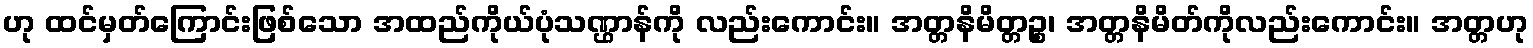
ဟု ထင်မှတ်ကြောင်းဖြစ်သော အထည်ကိုယ်ပုံသဏ္ဌာန်ကို လည်းကောင်း။ အတ္တနိမိတ္တဉ္စ၊ အတ္တနိမိတ်ကိုလည်းကောင်း။ အတ္တဟု